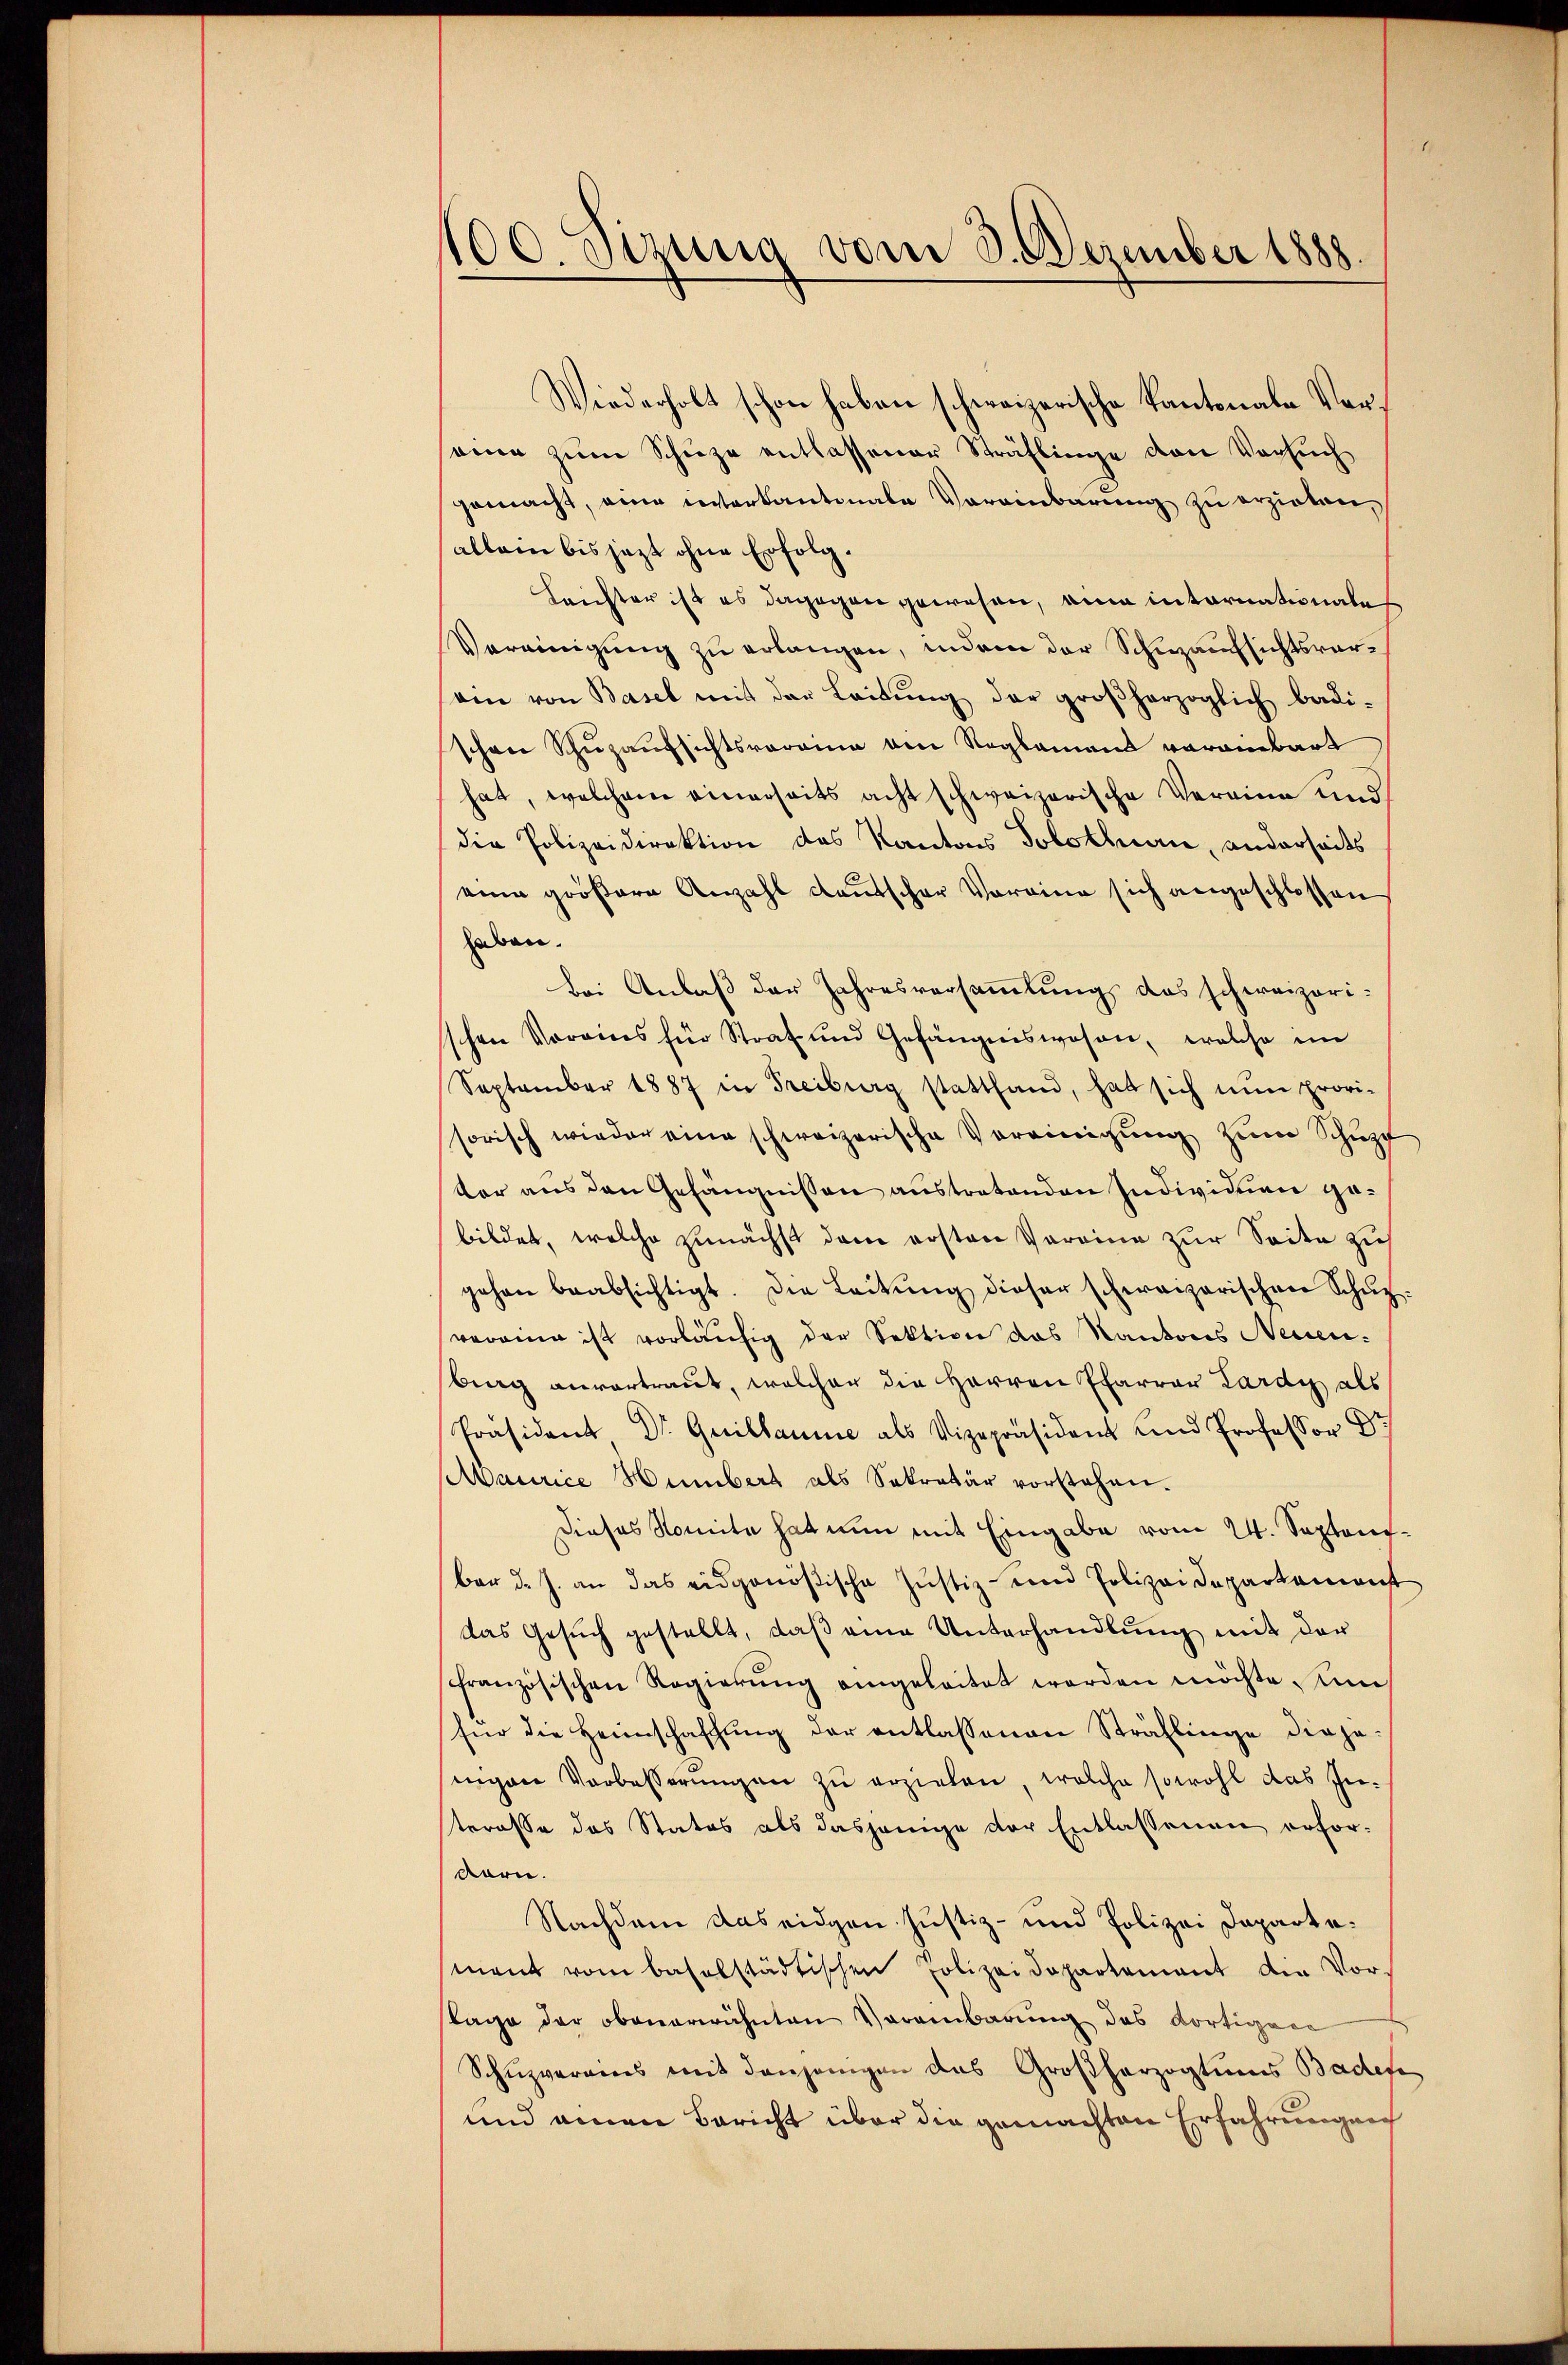
100. Sizung vom 3. Dezember 1888

Wiederholt schon haben schweizerische Kantonale Vereene zŭm Schüze entlassener Sträflinge von Versuch
gemacht, eine unterkantonale Vereinbarung zu erziehen,
allein bis jezt ohne Erfolg.
Leichter ist es dagegen gewesen, eine internationales
Vereinigŭng zŭ erlangen, indem der Schuzaufsichtsvoram von Basel mit der Leitŭng der großherzoglich badi-
schon Schŭzaufsichtsvorrina den Reglemand verainbart
hat, welchem einerseits acht schweizerische Vereine und
die Polizeidirektion des Kantons Solothurn, anderseits
eine größere Anzahl deutscher Voreine sich angeschlossen
haben.
bei Anlaß der Jahresversammlung das schweizerischen Vorains für Straf und Gefängniswesen, welche im
September 1887 in Freiburg stattfand, hat sich nun provi-
sorisch wieder eine schweizerische Vereinigŭng zŭm Schŭpf
ter aus den Gefängnissen austretenden Individuen gebildet, welche zunächst dem ersten Vereine zur Seite zu
gehen beabsichtigt. Die Leitung dieser schweizerischen Schuzvereine ist vorläufig der Sektion das Kantons Neuen.
berg anvertraut, welcher die Herren Pfarrer Lardy als
Präsident Dr. Guillaume als Vizepräsident und Professor Dr
Maurice Humbert als Sekretär vorstehen.
Dieses Nomita hat nun mit Eingabe vom 24. Septaufbar d. J. an das eidgenößische Justiz- und Polizeidepartement
das Gesŭch gestellt, daβ eine Unterhandlŭng mit der
französischen Regierŭng eingeleitet worden möchte un
für die Heimschaffŭng der entlassenen Sträflinge dieje-
singen Verbesserungen zu erziehen, welche sowohl das Intrrasse das Status als dasjenige der Entlassenen erfor¬
Bern.
Nachdem das eidgen. Justiz- und Polizei Departement vom baselstädtischen Polizeidepartement die Vor-
stage der obenerwähnten Vereinbarung des dortigen
Schüzverains mit denjenigen das Großherzogtums Badefe
und einen Bericht über die gemachten Erfahrungen